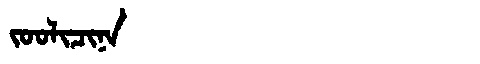
Manchu: ᠵᠣᠣᠯᡳᠴᡳᠨᠠ
Romanization: JOOLICINA